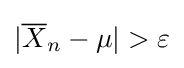
|{\overline {X}}_{n}-\mu |>\varepsilon